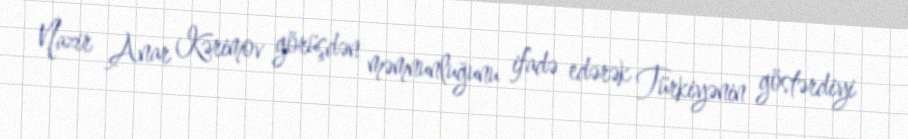
Nazir Anar Kərimov görüşdən məmnunluğunu ifadə edərək Türkiyənin göstərdiyi